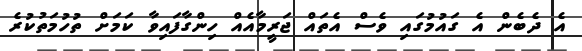
އެ ދެބެން އެ ގައުމުގައި ވެސް އެތައް ޖަރީމާއެއް ހިންގާފައިވާ ކަމަށް ތުހުމަތުކުރެ